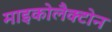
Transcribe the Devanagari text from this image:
माइकोलैक्टोन